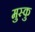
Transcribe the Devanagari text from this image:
मुस्कु